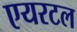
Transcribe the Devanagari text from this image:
एयरटल